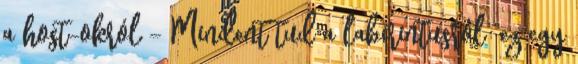
a host-okról – Mindent tud a labirintusról “ez egy